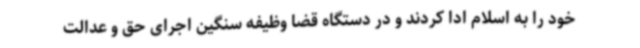
خود را به اسلام ادا کردند و در دستگاه قضا وظیفه سنگین اجرای حق و عدالت